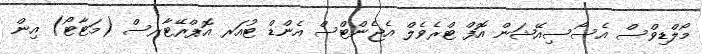
މޯލްޑިވްސް އެސޯސިއޭޝަން އޮފް ޓްރެވެލް އެޖެންޓްސް އެންޑް ޓުއަރ އޮޕްރޭޓާރސް (މަޓާޓޯ) އިން